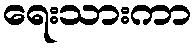
ရေးသားကာ